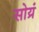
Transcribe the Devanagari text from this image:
सोय्रं